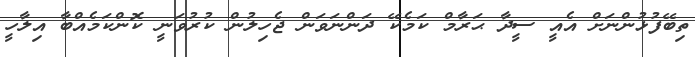
ތިބޭފުޅުންނަށް އެއީ ސީދާ ޙަރާމް ކަމެކޭ ދަންނަވަން ޖެހިލުން ކުރުވަނީ ކޮންކަމެއްބާ އިލާހީ